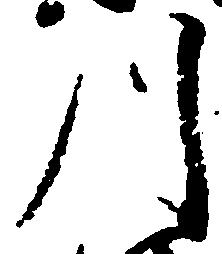
川